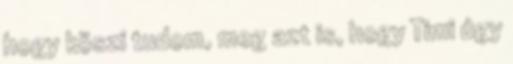
hogy köszi tudom, meg azt is, hogy Timi úgy